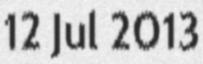
12 Jul 2013